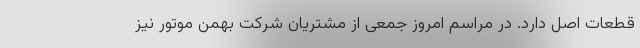
قطعات اصل دارد. در مراسم امروز جمعی از مشتریان شرکت بهمن موتور نیز